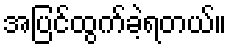
အပြင်ထွက်ခဲ့ရတယ်။